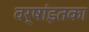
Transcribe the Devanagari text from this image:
वर्षांइतका